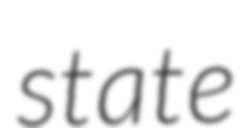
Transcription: state